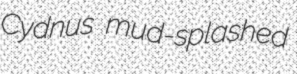
Cydnus mud-splashed